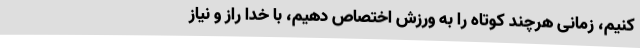
کنیم، زمانی هرچند کوتاه را به ورزش اختصاص دهیم، با خدا راز و نیاز